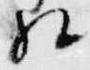
相